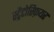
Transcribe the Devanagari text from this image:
स्ट्रैटोस्फ़ियर